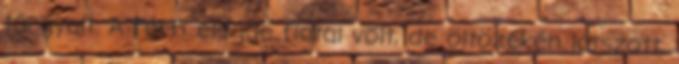
tárgyalt. A férfi eléggé fiatal volt, de öltözékén látszott,